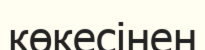
көкесінен